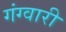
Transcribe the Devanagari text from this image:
गंग्वारी